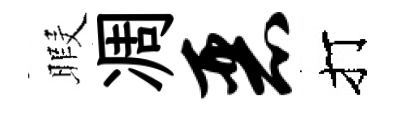
暇凋恶打